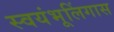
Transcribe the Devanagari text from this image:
स्वयंभूलिंगास